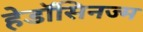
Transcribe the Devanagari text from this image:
हेडॉसिनज्म